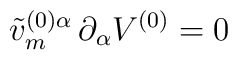
\tilde v_m^{(0)\alpha}\,\partial_\alpha V^{(0)}=0